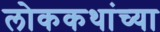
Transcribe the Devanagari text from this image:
लोककथांच्या